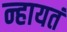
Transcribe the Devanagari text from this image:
न्हायतं